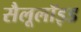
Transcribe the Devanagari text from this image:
सैलूलॉइड